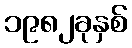
၁၉၈၂ခုနှစ်